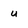
Character: u